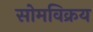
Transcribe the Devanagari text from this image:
सोमविक्रय